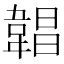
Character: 𩎿